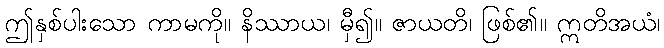
ဤနှစ်ပါးသော ကာမကို။ နိဿာယ၊ မှီ၍။ ဇာယတိ၊ ဖြစ်၏။ ဣတိအယံ၊